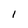
Character: l